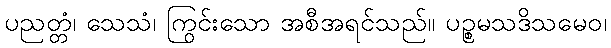
ပညတ္တံ၊ သေသံ၊ ကြွင်းသော အစီအရင်သည်။ ပဉ္စမသဒိသမေဝ၊